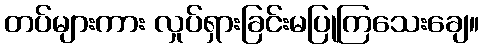
တပ်များကား လှုပ်ရှားခြင်းမပြုကြသေးချေ။